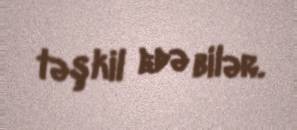
təşkil edə bilər.